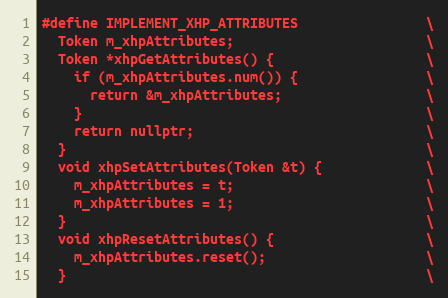
Language: C
#define IMPLEMENT_XHP_ATTRIBUTES                \
  Token m_xhpAttributes;                        \
  Token *xhpGetAttributes() {                   \
    if (m_xhpAttributes.num()) {                \
      return &m_xhpAttributes;                  \
    }                                           \
    return nullptr;                             \
  }                                             \
  void xhpSetAttributes(Token &t) {             \
    m_xhpAttributes = t;                        \
    m_xhpAttributes = 1;                        \
  }                                             \
  void xhpResetAttributes() {                   \
    m_xhpAttributes.reset();                    \
  }                                             \